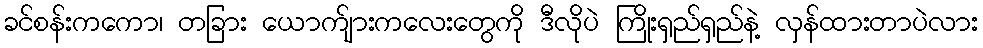
ခင်စန်းကကော၊ တခြား ယောက်ျားကလေးတွေကို ဒီလိုပဲ ကြိုးရှည်ရှည်နဲ့ လှန်ထားတာပဲလား